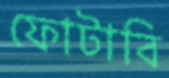
ফোটাবি